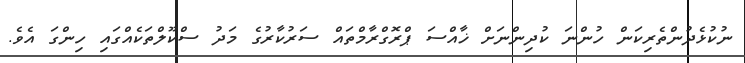
ނުކުޅެދުންތެރިކަން ހުންނަ ކުދިންނަށް ޚާއްސަ ޕްރޮގްރާމްތައް ސަރުކާރުގެ މަދު ސްކޫލްތަކެއްގައި ހިންގަ އެވެ.